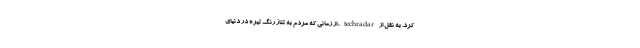
کرد. به نقل از techradar، از زمانی که مردم به تناژ رنگ تیره در دنیای